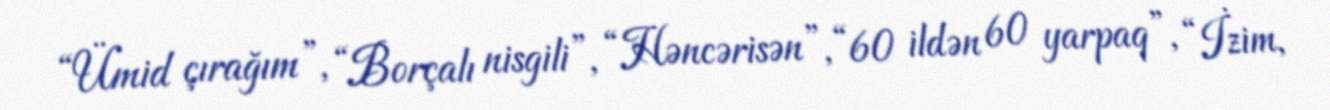
“Ümid çırağım”, “Borçalı nisgili”, “Həncərisən”, “60 ildən 60 yarpaq”, “İzim,